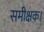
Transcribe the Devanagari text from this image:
समीक्षक।